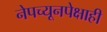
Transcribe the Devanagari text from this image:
नेपच्यूनपेक्षाही